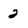
Character: 2